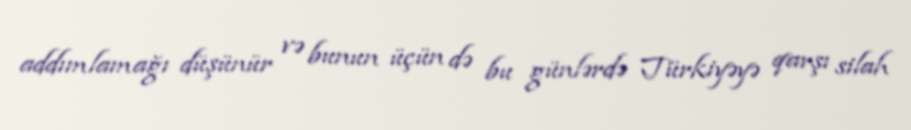
addımlamağı düşünür və bunun üçün də bu günlərdə Türkiyəyə qarşı silah